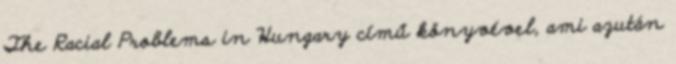
The Racial Problems in Hungary című könyvével, ami azután